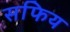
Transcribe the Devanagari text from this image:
सफिय